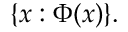
\{ x : \Phi ( x ) \} .